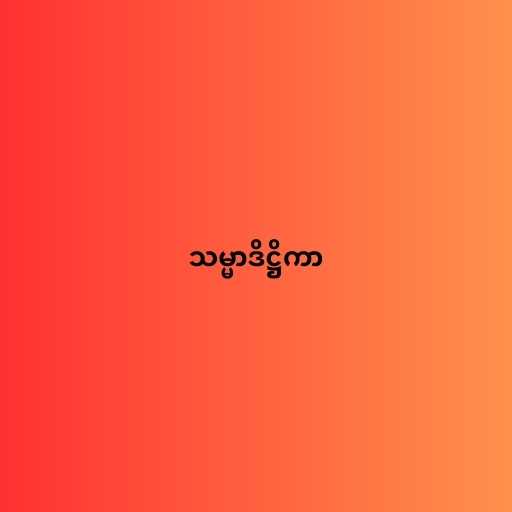
သမ္မာဒိဋ္ဌိကာ